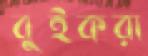
বুইকরা